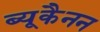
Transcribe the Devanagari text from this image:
ब्यूकैनन